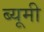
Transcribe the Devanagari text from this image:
ब्यूमी